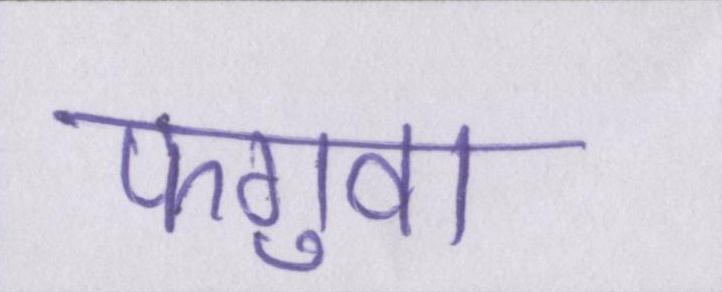
फगुवा